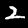
Label: 2